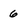
Character: 6